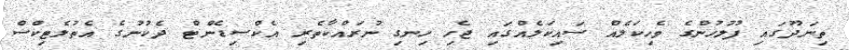
ތިނަދޫގައި ފުލުހުންގެ ވެހިކަލެއް ސައިކަލެއްގައި ޖެހި ހިނގި ނުރައްކާތެރި އެކްސިޑެންޓް ދެކުނުގެ އެތުލެޓިކްސް